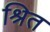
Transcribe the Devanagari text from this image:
श्रित